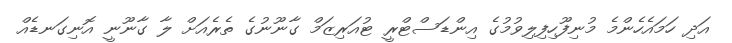
އަދި ހަމައެހެންމެ މުނިފޫހިފިލިވުމުގެ އިންޑަސްޓްރީ ޓުއަރިޒަމް ގާނޫނުގެ ތެރެއަށް ލާ ގާނޫނީ އޮނިގަނޑެއް